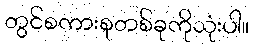
တွင်စကားစုတစ်ခုကိုသုံးပါ။